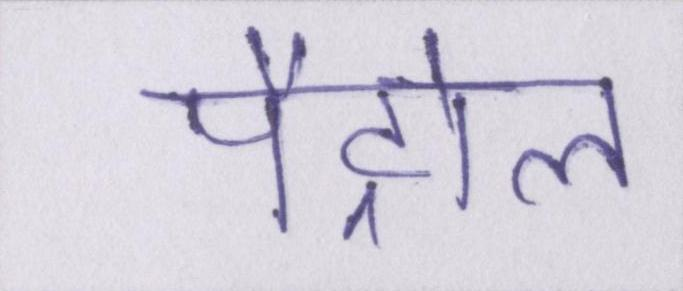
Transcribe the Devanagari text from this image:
पैट्रोल